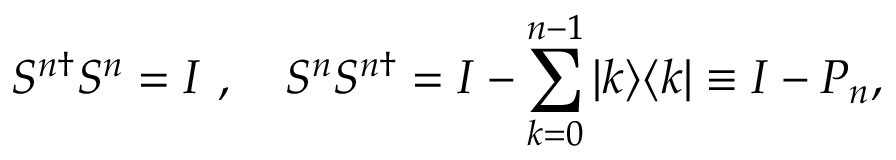
S ^ { n \dagger } S ^ { n } = I \ , \quad S ^ { n } S ^ { n \dagger } = I - \sum _ { k = 0 } ^ { n - 1 } | k \rangle \langle k | \equiv I - P _ { n } ,